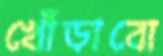
খোঁড়াবো